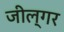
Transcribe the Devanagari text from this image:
जील्‍गर